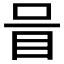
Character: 𱲧